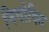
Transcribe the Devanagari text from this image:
निवोदित